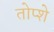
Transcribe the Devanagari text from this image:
तोप्शे